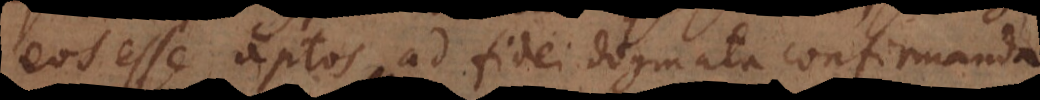
eos esse aptos ad fidei dogmata confirmanda.